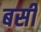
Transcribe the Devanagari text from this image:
बर्सी